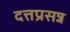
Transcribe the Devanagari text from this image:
दत्तप्रसन्न